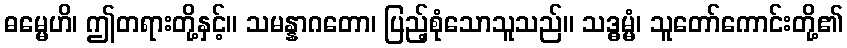
ဓမ္မေဟိ၊ ဤတရားတို့နှင့်။ သမန္နာဂတော၊ ပြည့်စုံသောသူသည်။ သဒ္ဓမ္မံ၊ သူတော်ကောင်းတို့၏